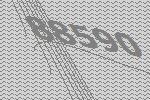
88590